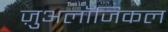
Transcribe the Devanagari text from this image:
ज़ुअलॉजिकल